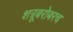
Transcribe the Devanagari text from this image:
शत्रूबरोबरच